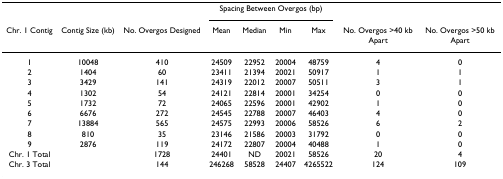
<table><thead><tr><td></td><td></td><td></td><td colspan="4"><b>Spacing Between Overgos (bp)</b></td><td></td><td></td></tr><tr><td><b>Chr. 1 Contig</b></td><td><b>Contig Size (kb)</b></td><td><b>No. Overgos Designed</b></td><td><b>Mean</b></td><td><b>Median</b></td><td><b>Min</b></td><td><b>Max</b></td><td><b>No. Overgos &gt;40 kb Apart</b></td><td><b>No. Overgos &gt;50 kb Apart</b></td></tr></thead><tbody><tr><td>1</td><td>10048</td><td>410</td><td>24509</td><td>22952</td><td>20004</td><td>48759</td><td>4</td><td>0</td></tr><tr><td>2</td><td>1404</td><td>60</td><td>23411</td><td>21394</td><td>20021</td><td>50917</td><td>1</td><td>1</td></tr><tr><td>3</td><td>3429</td><td>141</td><td>24319</td><td>22012</td><td>20007</td><td>50511</td><td>3</td><td>1</td></tr><tr><td>4</td><td>1302</td><td>54</td><td>24121</td><td>22814</td><td>20001</td><td>34254</td><td>0</td><td>0</td></tr><tr><td>5</td><td>1732</td><td>72</td><td>24065</td><td>22596</td><td>20001</td><td>42902</td><td>1</td><td>0</td></tr><tr><td>6</td><td>6676</td><td>272</td><td>24545</td><td>22788</td><td>20007</td><td>46403</td><td>4</td><td>0</td></tr><tr><td>7</td><td>13884</td><td>565</td><td>24575</td><td>22993</td><td>20006</td><td>58526</td><td>6</td><td>2</td></tr><tr><td>8</td><td>810</td><td>35</td><td>23146</td><td>21586</td><td>20003</td><td>31792</td><td>0</td><td>0</td></tr><tr><td>9</td><td>2876</td><td>119</td><td>24172</td><td>22807</td><td>20004</td><td>40488</td><td>1</td><td>0</td></tr><tr><td>Chr. 1 Total</td><td></td><td>1728</td><td>24401</td><td>ND</td><td>20021</td><td>58526</td><td>20</td><td>4</td></tr><tr><td>Chr. 3 Total</td><td></td><td>144</td><td>246268</td><td>58528</td><td>24407</td><td>4265522</td><td>124</td><td>109</td></tr></tbody></table>